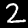
Digit: 2